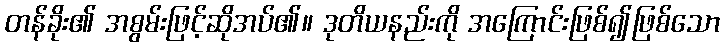
တန်ခိုး၏ အစွမ်းဖြင့်ဆိုအပ်၏။ ဒုတိယနည်းကို အကြောင်းဖြစ်၍ဖြစ်သော